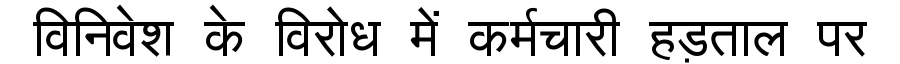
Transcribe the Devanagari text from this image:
विनिवेश के विरोध में कर्मचारी हड़ताल पर